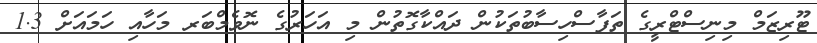
ޓޫރިޒަމް މިނިސްޓްރީގެ ތަފާސްހިސާބުތަކުން ދައްކާގޮތުން މި އަހަރުގެ ނޮވެމްބަރ މަހާއި ހަމައަށް 1.3